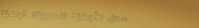
محل الأجهزة الطبية: أجهزة